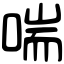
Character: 喘